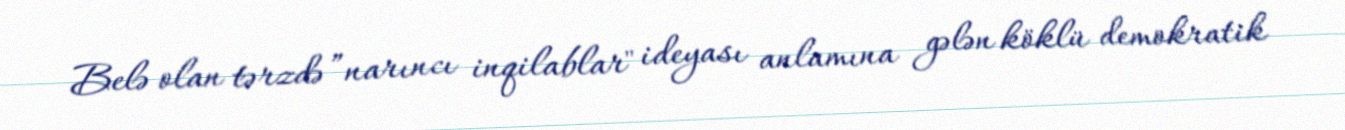
Belə olan tərzdə ”narıncı inqilablar" ideyası anlamına gələn köklü demokratik